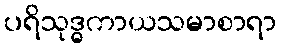
ပရိသုဒ္ဓကာယသမာစာရာ